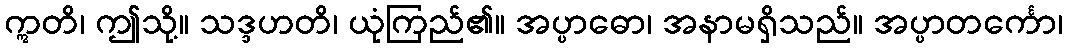
ဣတိ၊ ဤသို့။ သဒ္ဒဟတိ၊ ယုံကြည်၏။ အပ္ပာဓော၊ အနာမရှိသည်။ အပ္ပာတင်္ကော၊